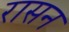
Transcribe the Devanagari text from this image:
रासन